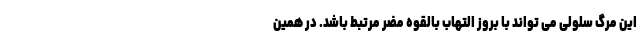
این مرگ سلولی می تواند با بروز التهاب بالقوه مضر مرتبط باشد. در همین